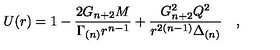
U ( r ) = 1 - \frac { 2 G _ { n + 2 } M } { \Gamma _ { ( n ) } r ^ { n - 1 } } + \frac { G _ { n + 2 } ^ { 2 } Q ^ { 2 } } { r ^ { 2 ( n - 1 ) } \Delta _ { ( n ) } } \quad ,